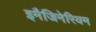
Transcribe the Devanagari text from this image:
इमैजिनेरियम